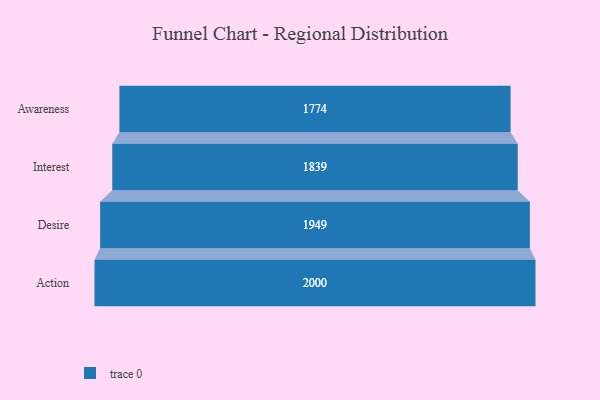
{"axis": {"x": "Stage", "y": "Value"}, "legend": [""], "data": [{"x": "Awareness", "y": 1774.0, "type": ""}, {"x": "Interest", "y": 1839.0, "type": ""}, {"x": "Desire", "y": 1949.0, "type": ""}, {"x": "Action", "y": 2000, "type": ""}]}